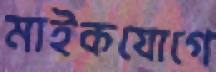
মাইকযোগে